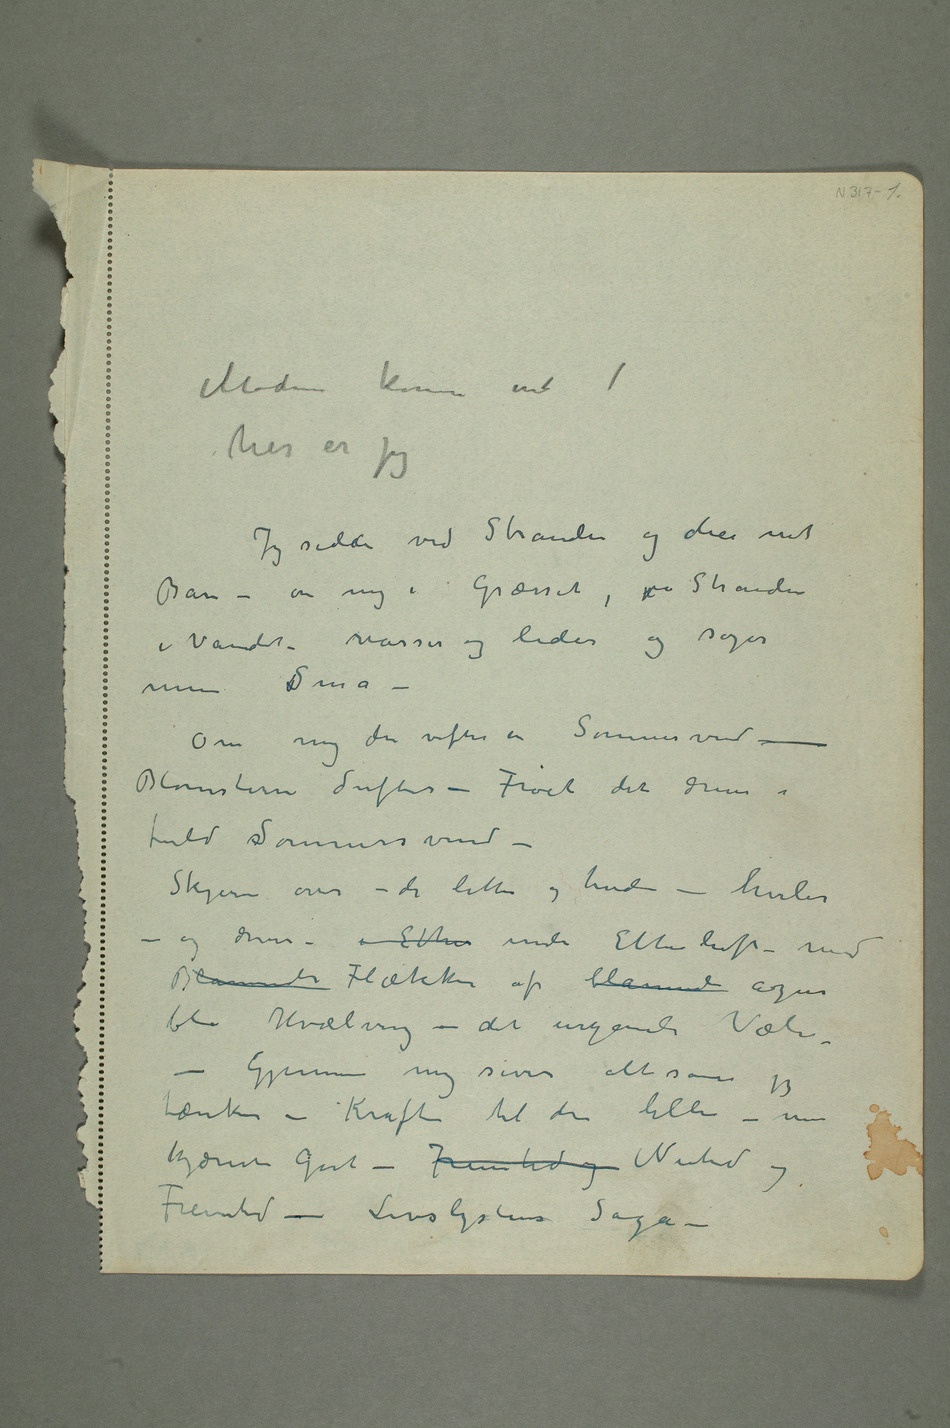
her er jeg
Jeg sidder ved Stranden og dier mit
Barn – om mig i Græsset, på Stranden
i Vandet – vasser og leder og søger
Om mig der vifter en Sommervind –
Blomsterne dufter – Frøet det driver i
fuld sSommersvind –
Skyerne over – de lette og hvide – hviler –
og driver – Ether under Etherluft – med
Blånende Flækker af blånende azur
– Gjennem mig siver alt som jeg
Fremtid – Livslystens Saga –